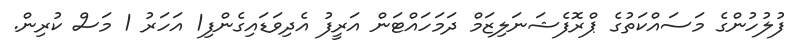
ފުލުހުންގެ މަސައްކަތުގެ ޕްރޮފެޝަނަލިޒަމް ދަމަހައްޓަން އަރީފު އެދިވަޑައިގެންފި1 އަހަރު 1 މަސް ކުރިން.